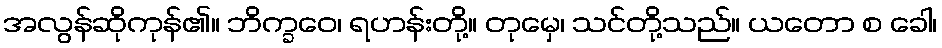
အလွန်ဆိုကုန်၏။ ဘိက္ခဝေ၊ ရဟန်းတို့။ တုမှေ၊ သင်တို့သည်။ ယတော စ ခေါ၊